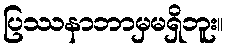
ပြဿနာဘာမှမရှိဘူး။